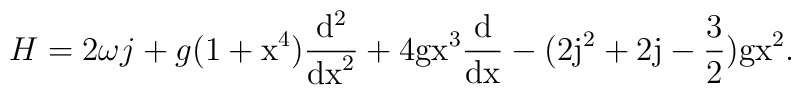
H = 2 \omega j + g (1+\rm x^4) \frac{\rm d^2}{\rm {dx}^2} + 4g\rm x^3 \frac{\rm d}{\rm {dx}} - (2j^2+2j-\frac{3}{2}) g \rm x^2.